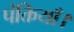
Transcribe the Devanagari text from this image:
पंक्तियाँ।